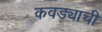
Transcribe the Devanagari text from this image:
कवड्याची